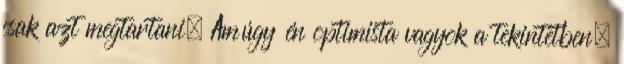
csak azt megtartani. Amúgy én optimista vagyok a tekintetben,